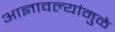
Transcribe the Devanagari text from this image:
आज्ञावल्यांमुळे